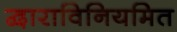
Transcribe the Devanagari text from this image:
द्वाराविनियमित